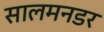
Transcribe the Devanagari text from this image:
सालमनडर